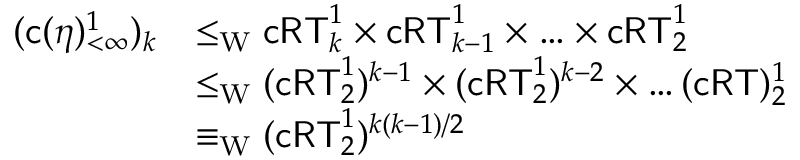
\begin{array} { r l } { ( \mathsf { c } ( \eta ) _ { < \infty } ^ { 1 } ) _ { k } } & { \leq _ { \mathrm { W } } \mathsf { c R T } _ { k } ^ { 1 } \times \mathsf { c R T } _ { k - 1 } ^ { 1 } \times \ldots \times \mathsf { c R T } _ { 2 } ^ { 1 } } \\ & { \leq _ { \mathrm { W } } ( \mathsf { c R T } _ { 2 } ^ { 1 } ) ^ { k - 1 } \times ( \mathsf { c R T } _ { 2 } ^ { 1 } ) ^ { k - 2 } \times \ldots ( \mathsf { c R T } ) _ { 2 } ^ { 1 } } \\ & { \equiv _ { \mathrm { W } } ( \mathsf { c R T } _ { 2 } ^ { 1 } ) ^ { k ( k - 1 ) / 2 } } \end{array}